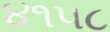
૪૧૫૮